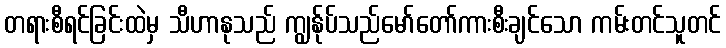
တရားစီရင်ခြင်းထဲမှ သီဟာနုသည် ကျွန်ုပ်သည်မော်တော်ကားစီးချင်သော ကမ်းတင်သူတင်